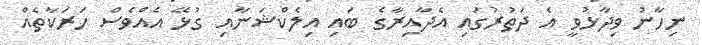
ނިހާނު ވިދާޅުވީ އެ ދަތުރުގައި އެދާއިރާގެ ބައި އިލެކްޝަނާއި ގުޅޭ އެއްވެސް ހަރަކާތެއް